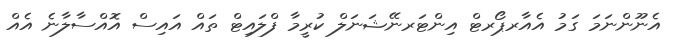
އެނޫންނަމަ ގަމު އެއާރޕޯރޓް އިންޓަރނޭޝަނަލް ކުރީމާ ފްލައިޓް ތައް އައިސް އޮއްސާލާނެ އެއް